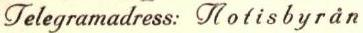
Telegramadress: Notisbyrån